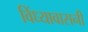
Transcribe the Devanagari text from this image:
विंध्यावासनी